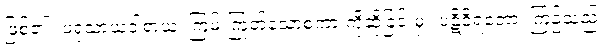
ဖြစ်၏။ ဖရုသာယဝါစာယ၊ ကြမ်းကြုတ်သောစကားကိုဆိုခြင်းမှ။ ပဋိဝိရတော၊ ကြဉ်သည်။